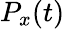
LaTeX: P_{x}(t)